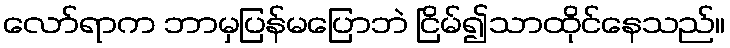
လော်ရာက ဘာမှပြန်မပြောဘဲ ငြိမ်၍သာထိုင်နေသည်။